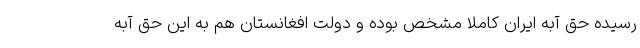
رسیده حق آبه ایران کاملا مشخص بوده و دولت افغانستان هم به این حق آبه